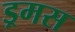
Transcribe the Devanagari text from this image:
ड्रमस